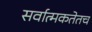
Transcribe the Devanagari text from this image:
सर्वात्मकतेतच